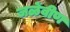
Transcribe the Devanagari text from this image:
जळेंवीण